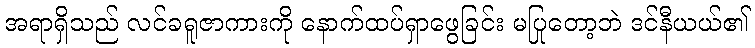
အရာရှိသည် လင်ခရူဇာကားကို နောက်ထပ်ရှာဖွေခြင်း မပြုတော့ဘဲ ဒင်နီယယ်၏